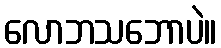
လောဘသဘောပဲ။